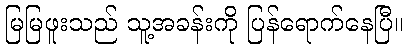
မြမြဖူးသည် သူ့အခန်းကို ပြန်ရောက်နေပြီ။